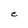
Character: e